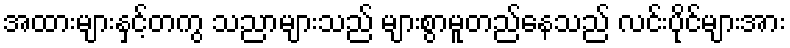
အထားများနှင့်တကွ သညာများသည် များစွာမူတည်နေသည် လင်းပိုင်များအား